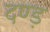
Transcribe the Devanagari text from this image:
दण्ड़